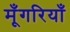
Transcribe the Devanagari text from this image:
मूँगरियाँ